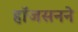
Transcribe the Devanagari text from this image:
हॉजसनने